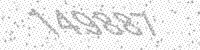
Solution: 149887